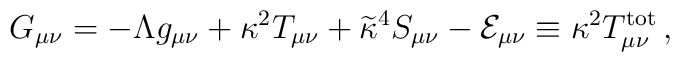
G_{\mu\nu}=-\Lambda g_{\mu\nu}+\kappa^2T_{\mu\nu}+\widetilde{\kappa}^4S_{\mu\nu} - {\cal E}_{\mu\nu} \equiv \kappa^2 T^{\rm tot}_{\mu\nu}\,,